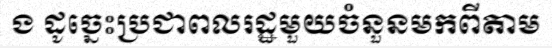
ង ដូច្នេះប្រជាពលរដ្ឋមួយចំនួនមកពីតាម